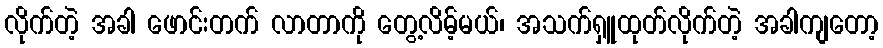
လိုက်တဲ့ အခါ ဖောင်းတက် လာတာကို တွေ့လိမ့်မယ်၊ အသက်ရှူထုတ်လိုက်တဲ့ အခါကျတော့